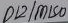
Text: D12/MISO